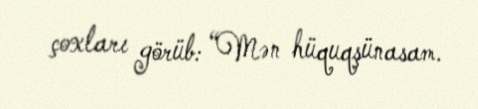
çoxları görüb: “Mən hüquqşünasam.